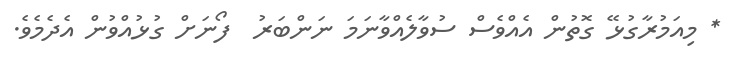
* މިއަމުރާގުޅޭ ގޮތުން އެއްވެސް ސުވާލެއްވާނަމަ ނަންބަރު  ފޯނަށް ގުޅުއްވުން އެދެމެވެ.